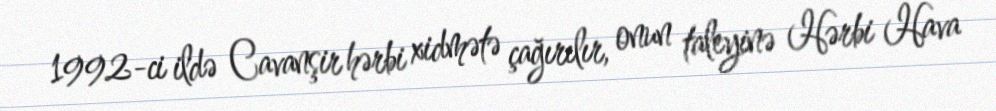
1992-ci ildə Cavanşir hərbi xidmətə çağırılır, onun taleyinə Hərbi Hava